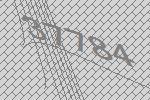
37784